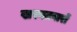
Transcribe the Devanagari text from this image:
खरवतवारों